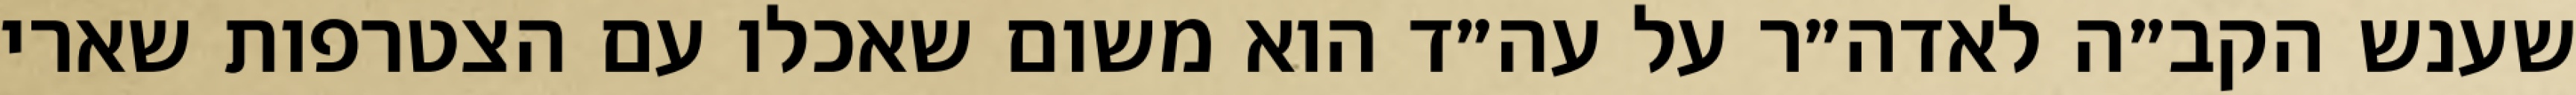
שענש הקב״ה לאדה״ר על עה״ד הוא משום שאכלו עם הצטרפות שארי